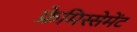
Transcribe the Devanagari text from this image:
फ्रेमिस्सेमेंट